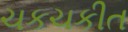
ચકચકીત